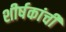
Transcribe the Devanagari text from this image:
शीर्षकांची